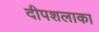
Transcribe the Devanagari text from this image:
दीपशलाका